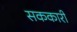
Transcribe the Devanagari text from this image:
सककारी